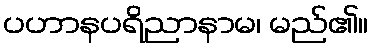
ပဟာနပရိညာနာမ၊ မည်၏။